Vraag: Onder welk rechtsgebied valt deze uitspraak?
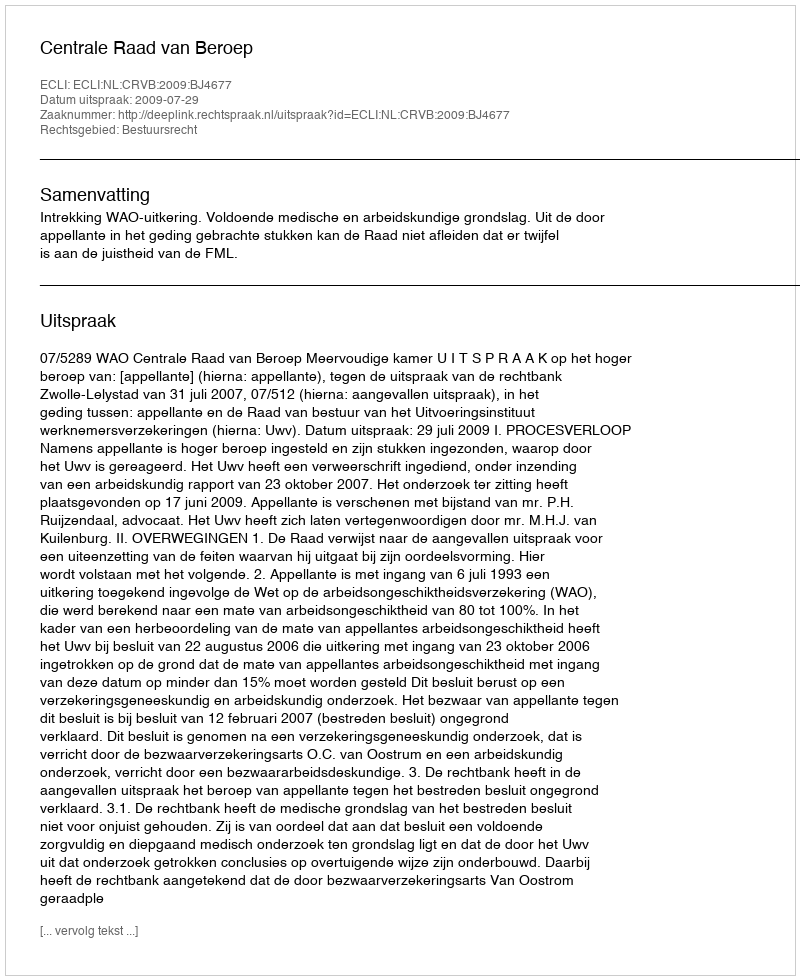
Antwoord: Bestuursrecht